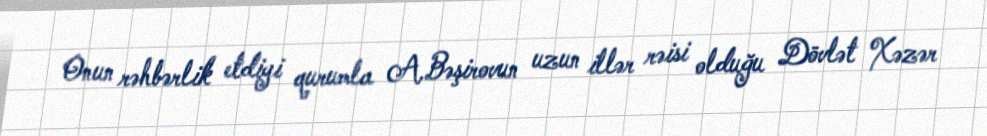
Onun rəhbərlik etdiyi qurumla A.Bəşirovun uzun illər rəisi olduğu Dövlət Xəzər